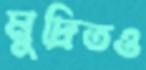
মুদ্রিতও